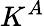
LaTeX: K^{A}